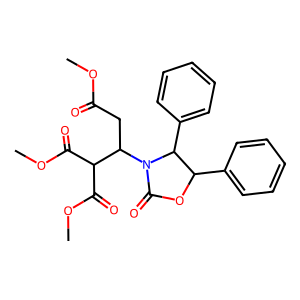
SMILES: COC(=O)CC(C(C(=O)OC)C(=O)OC)N1C(=O)OC(c2ccccc2)C1c1ccccc1
Inhibits HIV replication: No